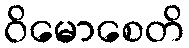
ဝိမောစေတိ